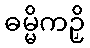
ဓမ္မိကဉှိ